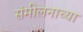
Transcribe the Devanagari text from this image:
संमीलनाच्या